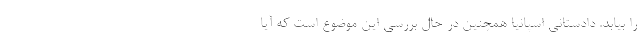
را بیابد. دادستانی اسپانیا همچنین در حال بررسی این موضوع است که آیا